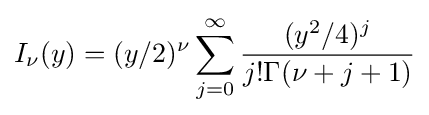
I_{\nu }(y)=(y/2)^{\nu }\sum _{j=0}^{\infty }{\frac {(y^{2}/4)^{j}}{j!\Gamma (\nu +j+1)}}